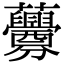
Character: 虋